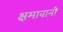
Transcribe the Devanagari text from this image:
क्षमावानी